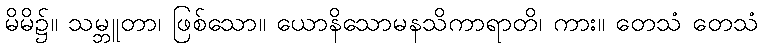
မိမိ၌။ သမ္ဘူတာ၊ ဖြစ်သော။ ယောနိသောမနသိကာရာတိ၊ ကား။ တေသံ တေသံ